Leningradi_Edasi_toimetus, lk 63
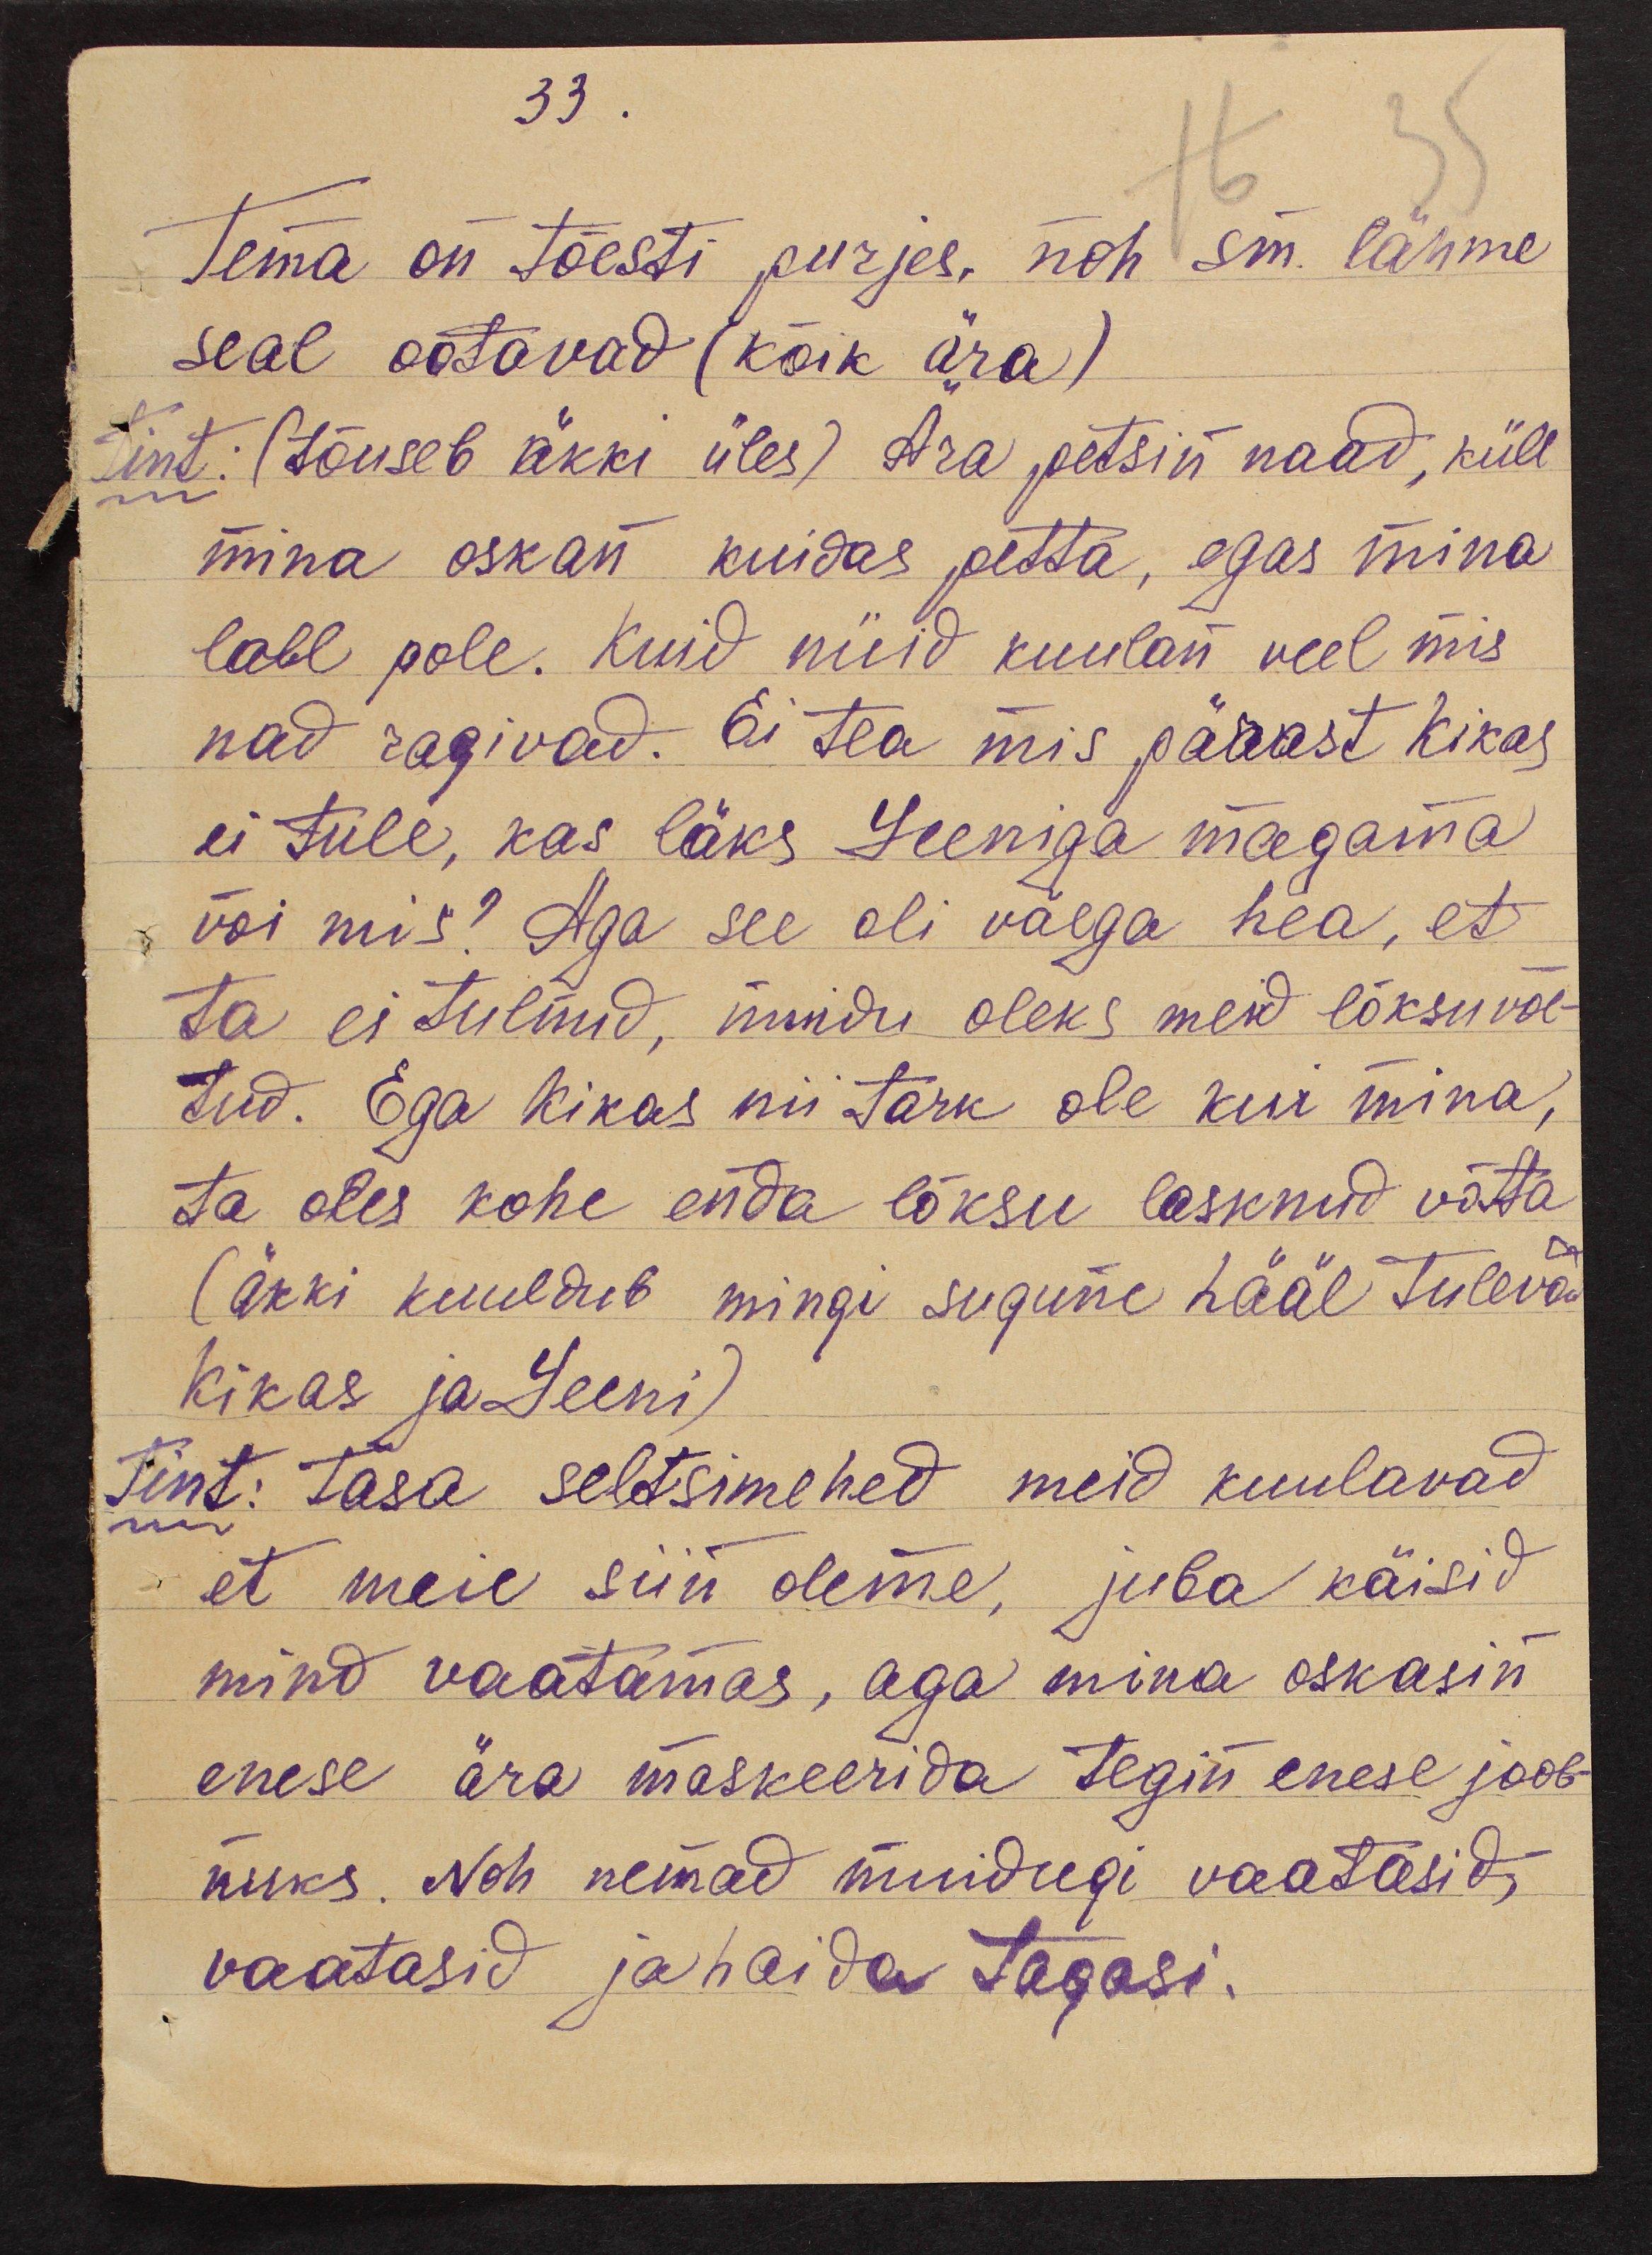
33.
Tema on tõesti purjes, noh sm. lähme
seal ootavad (kõik ära)
Tint: (tõuseb äkki üles) Ära petsin naad, küll
mina oskan kuidas petta, egas mina
loll pole. Kuid nüid kuulan veel mis
nad ragivad. Ei tea mis pärast Kikas
ei tule, kas läks Leeniga magama
või mis! Aga see oli väega hea, et
ta ei tulnud, muidu oleks meid lõksu võe-
tud. Ega Kikas nii tark ole kui mina,
ta oles kohe enda lõksu lasknud võtta
(äkki kuuldub mingi sugune hääl tulevad
Kikas ja Leeni)
Tint: Tasa seltsimehed meid kuulavad
et meie siin oleme, juba käisid
mind vaatamas, aga mina oskasin
enese ära maskeerida tegin enese joob-
nuks. Noh nemad muidugi vaatasid,
vaatasid ja haida tagasi.